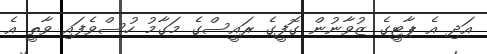
އަދި އެ ޕާޓީގެ ޒުވާނުން ގޮފީގެ ރައީސްގެ މަގާމު ހުސްވެފައި ވާތީ އެ